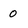
Character: 0